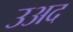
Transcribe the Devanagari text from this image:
उअद